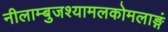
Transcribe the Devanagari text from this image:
नीलाम्बुजश्यामलकोमलाङ्गं